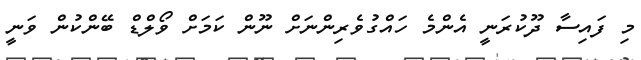
މި ފައިސާ ދޫކުރަނީ އެންމެ ހައްގުވެރިންނަށް ނޫން ކަމަށް ވޯލްޑް ބޭންކުން ވަނީ